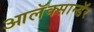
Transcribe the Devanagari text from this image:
आलॅक्सान्डॅर